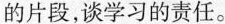
的片段，谈学习的责任。